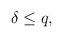
LaTeX: \begin{align*} \delta\le q,\end{align*}